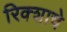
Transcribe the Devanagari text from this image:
रिक्शाचे